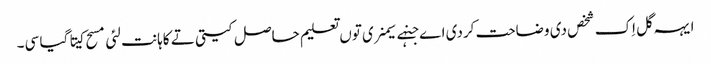
ایہہ گل اِک شخص دی وضاحت کردی اے جنہے سیمنری توں تعلیم حاصل کیتی تے کاہانت لئی مسح کیتا گیا سی۔